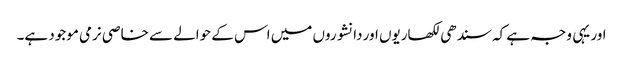
اور یہی وجہ ہے کہ سندھی لکھاریوں اور دانشوروں میں اس کے حوالے سے خاصی نرمی موجود ہے۔